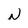
Character: N